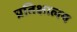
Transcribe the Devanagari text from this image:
प्रतिक्षालय